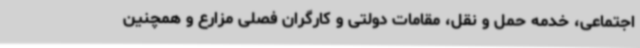
اجتماعی، خدمه حمل و نقل، مقامات دولتی و کارگران فصلی مزارع و همچنین